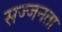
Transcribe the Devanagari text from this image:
सज्‍जनता